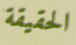
الحقيقة